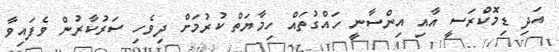
އަދި ޑިމޮކްރަސީ އާއި އިންސާނީ ހައްގުތައް ހިމާޔަތް ކުރުމަށް ދިވެހި ސަރުކާރުން ވެފައިވާ